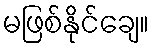
မဖြစ်နိုင်ချေ။